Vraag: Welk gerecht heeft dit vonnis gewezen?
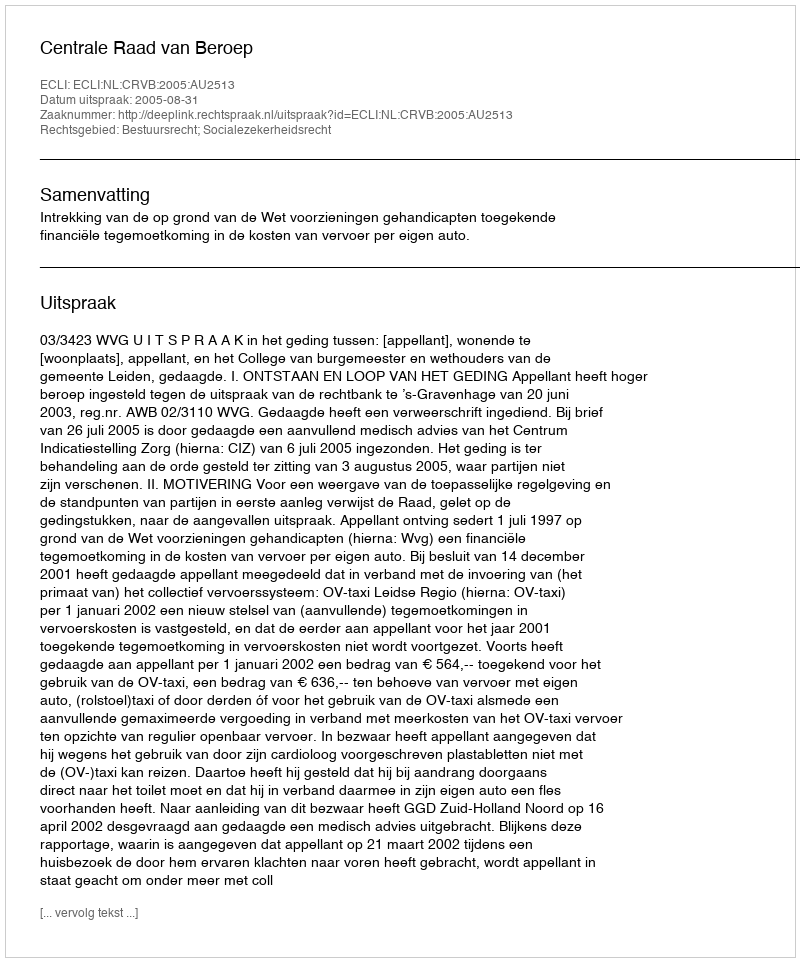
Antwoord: Centrale Raad van Beroep